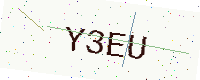
Text: Y3EU